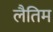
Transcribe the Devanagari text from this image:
लैतिम